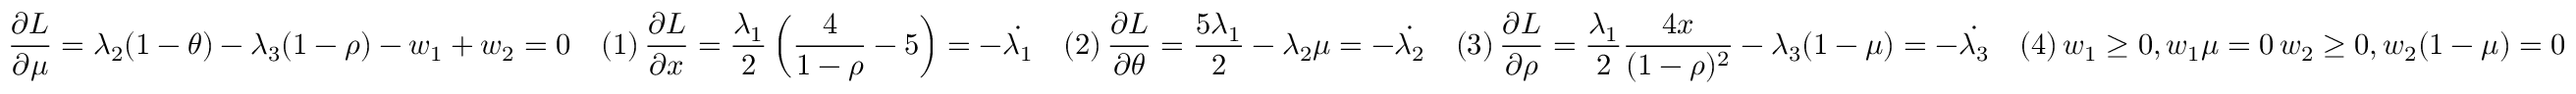
\frac { \partial L } { \partial \mu } = \lambda _ { 2 } ( 1 - \theta ) - \lambda _ { 3 } ( 1 - \rho ) - w _ { 1 } + w _ { 2 } = 0 \quad ( 1 ) \, \frac { \partial L } { \partial x } = \frac { \lambda _ { 1 } } { 2 } \left( \frac { 4 } { 1 - \rho } - 5 \right) = - \dot { \lambda _ { 1 } } \quad ( 2 ) \, \frac { \partial L } { \partial \theta } = \frac { 5 \lambda _ { 1 } } { 2 } - \lambda _ { 2 } \mu = - \dot { \lambda _ { 2 } } \quad ( 3 ) \, \frac { \partial L } { \partial \rho } = \frac { \lambda _ { 1 } } { 2 } \frac { 4 x } { ( 1 - \rho ) ^ { 2 } } - \lambda _ { 3 } ( 1 - \mu ) = - \dot { \lambda _ { 3 } } \quad ( 4 ) \, w _ { 1 } \geq 0 , w _ { 1 } \mu = 0 \, w _ { 2 } \geq 0 , w _ { 2 } ( 1 - \mu ) = 0